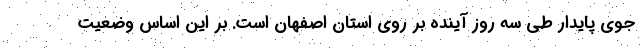
جوی پایدار طی سه روز آینده بر روی استان اصفهان است. بر این اساس وضعیت